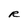
Character: R